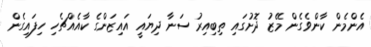
އެންމެން ކާންވެގެން މޭޒު ދޮށުގައި ތިބިއިރު ސަނާ ދިޔައީ އައިޒަންގެ ކާއެއްޗެހި ހިފައިގެން